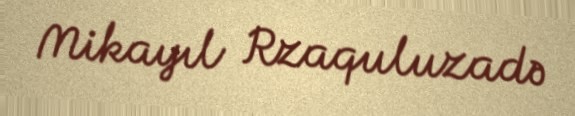
Mikayıl Rzaquluzadə